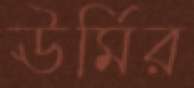
ঊর্মির